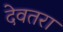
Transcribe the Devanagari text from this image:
देवतरा